Report of the Bombay Plague Committee
Disease focus: Plague
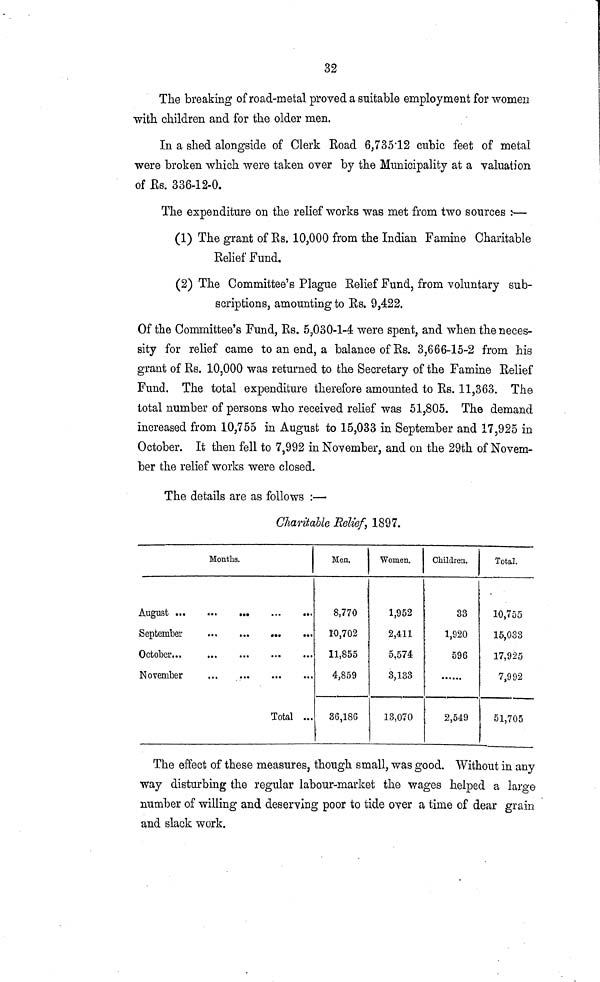
32
The breaking of road-metal proved a suitable employment for women
with children and for the older men.
In a shed alongside of Clerk Road 6,73512 cubic feet of metal
were broken which were taken over by the Municipality at a valuation
of Es. 33642-0.
The expenditure on the relief works was met from two sources :—
(1) The grant of Es. 10,000 from the Indian Famine Charitable
Relief Fund.
(2) The Committee's Plague Relief Fund, from voluntary sub-
scriptions, amounting to Es. 9,422.
Of the Committee's Fund, Es. 5,030-1-4 were spent, and when the neces-
sity for relief came to an end, a balance of Rs. 3,666-15-2 from his
grant of Es. 10,000 was returned to the Secretary of the Famine Relief
Fund. The total expenditure therefore amounted to Es. 11,363. The
total number of persons who received relief was 51,805. The demand
increased from 10,755 in August to 15,033 in September and 17,925 in
October. It then fell to 7,992 in November, and on the 29th of Novem-
ber the relief works were closed.
The details are as follows :—
Charitable Relief, 1897.
Months.
October...
November
Total ...
Mea.
8,770
10,702
11,855
4,859
36,186
Women.
1,952
2,411
5,574
8,133
13,070
Children.
33
1,920
596
2,549
Total.
10,755
15,033
17,925
7,992
51,705
The effect of these measures, though small, was good. Without in any
way disturbing the regular labour-market the wages helped a large
number of willing and deserving poor to tide over a time of dear grain
and slack work.